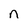
Character: n